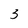
Character: 3